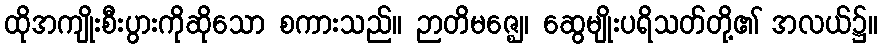
ထိုအကျိုးစီးပွားကိုဆိုသော စကားသည်။ ဉာတိမဇ္ဈေ၊ ဆွေမျိုးပရိသတ်တို့၏ အလယ်၌။